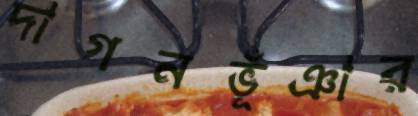
দাগনভূঁঞার